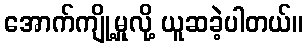
အောက်ကျို့မှုလို့ ယူဆခဲ့ပါတယ်။